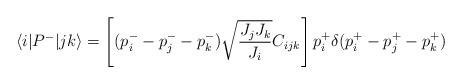
LaTeX: \begin{align*}\langle i| P^- | jk \rangle= \left[ (p_i^- - p_j^--p_k^-)\sqrt{\frac{J_j J_k}{J_i}}C_{ijk} \right]p_i^+\delta(p_i^+ - p_j^+ - p^+_k)\end{align*}